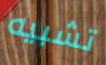
تشبيه